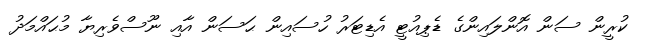
ކުރީން ސަން އޮންލައިންގެ ޑެޕިއުޓީ އެޑިޓަރު ހުސައިން ޙަސަން އާއި ނޫސްވެރިޔާ މުޙައްމަދު